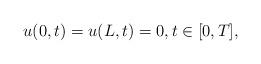
LaTeX: \begin{align*}\begin{array}{ll}u(0,t)=u(L,t)=0, t \in [0, T],\end{array}\end{align*}